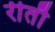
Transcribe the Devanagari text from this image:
रीतौ